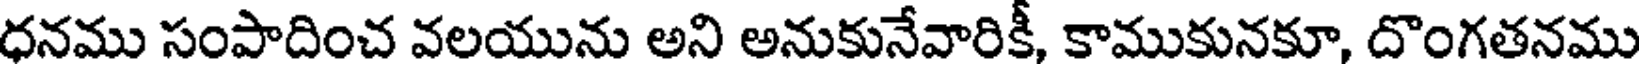
ధనము సంపాదించ వలయును అని అనుకునేవారికీ, కాముకునకూ, దొంగతనము